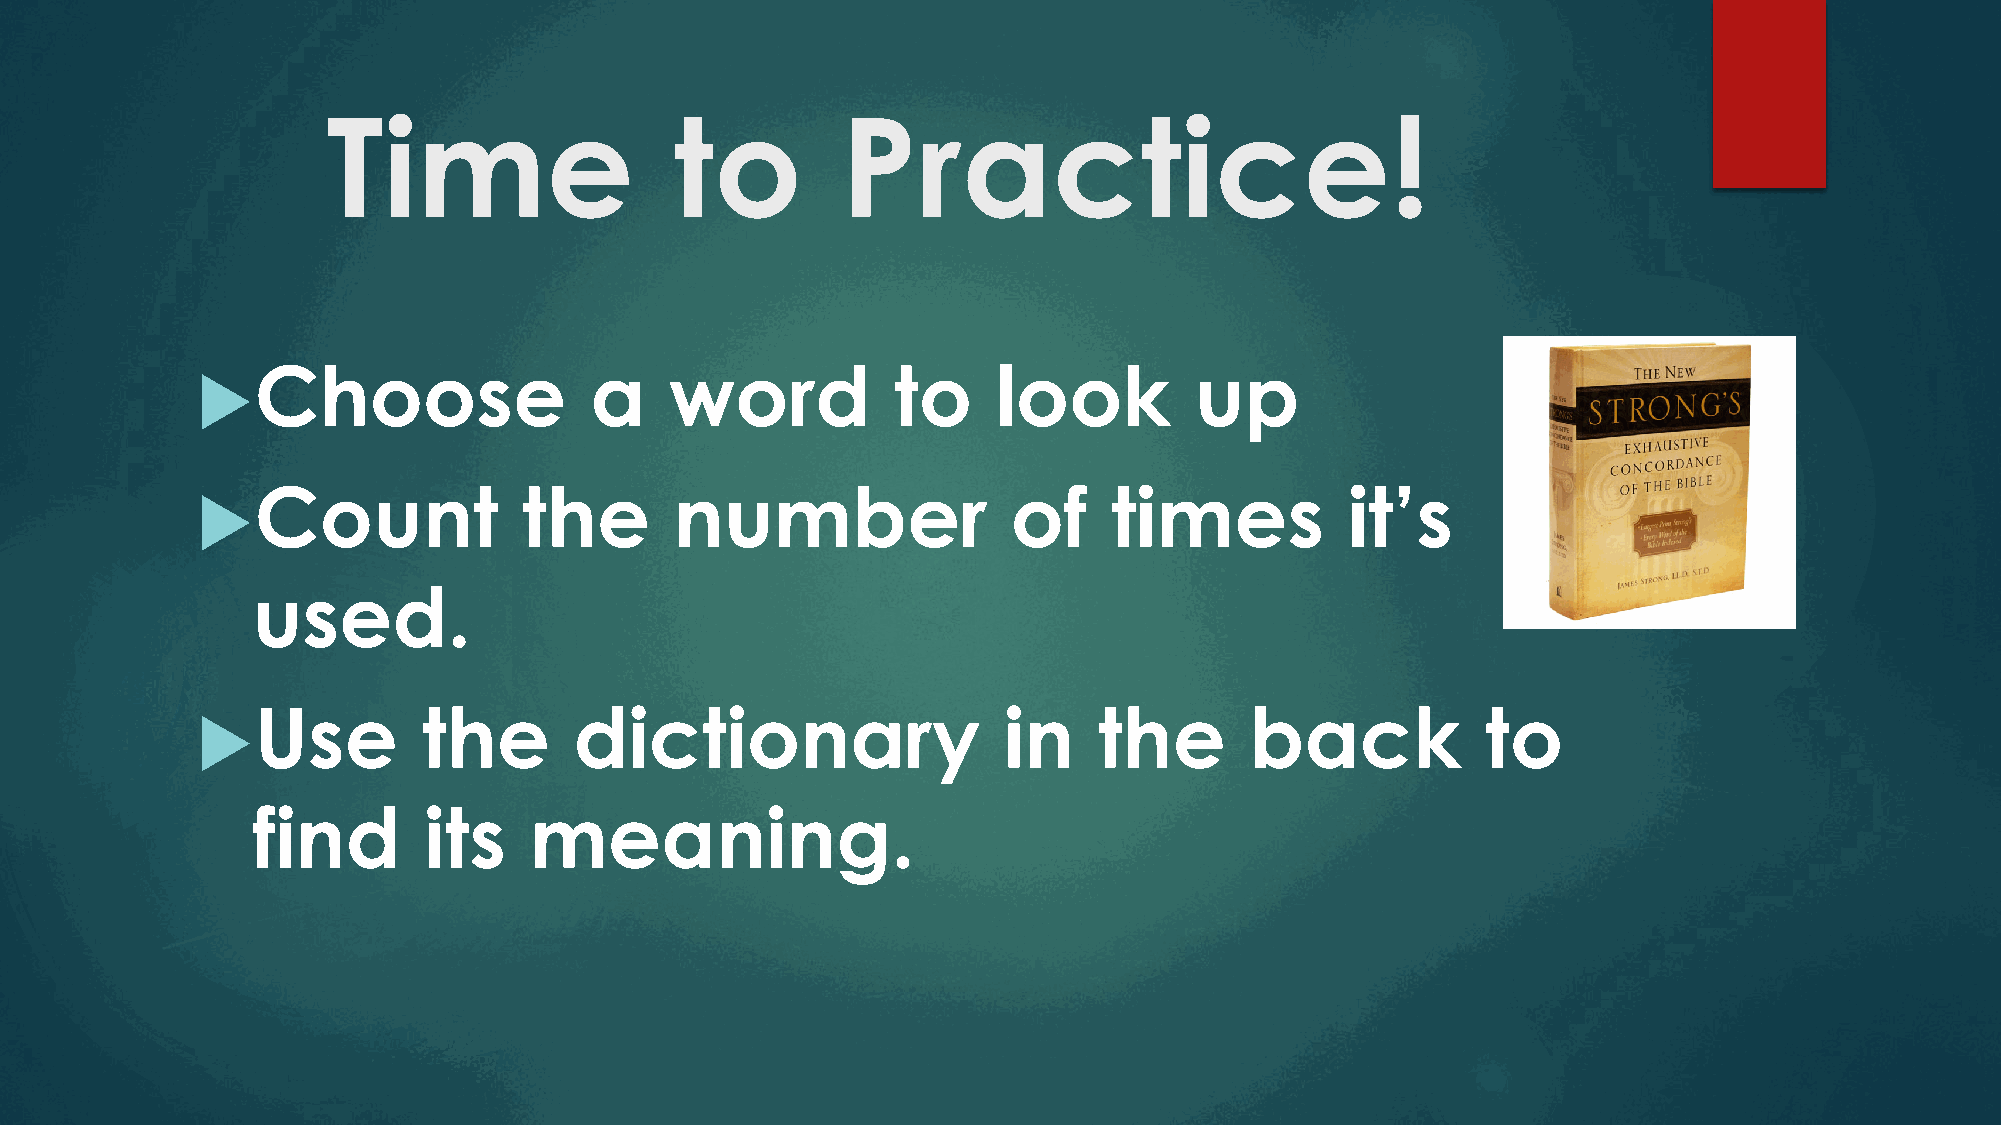
Time                   to         Practice!
 Choose                   a    word           to     look         up
 Count                the       number                of     times          it’s
 used.
 Use           the       dictionary                  in     the       back           to
 find       its    meaning.